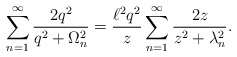
\begin{align*}\sum _{n=1}^{\infty }\frac{2q^{2}}{q^{2}+\Omega _{n}^{2}}=\frac{\ell ^{2}q^{2}}{z}\sum _{n=1}^{\infty }\frac{2z}{z^{2}+\lambda _{n}^{2}}.\end{align*}